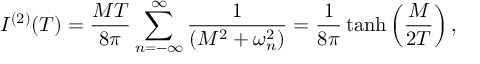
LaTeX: I ^ { ( 2 ) } ( T ) = { \frac { M T } { 8 \pi } } \sum _ { n = - \infty } ^ { \infty } { \frac { 1 } { \left( M ^ { 2 } + \omega _ { n } ^ { 2 } \right) } } = { \frac { 1 } { 8 \pi } } \operatorname { t a n h } \left( { \frac { M } { 2 T } } \right) ,